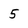
Character: 5